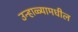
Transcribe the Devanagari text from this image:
उन्हाळ्यामधील